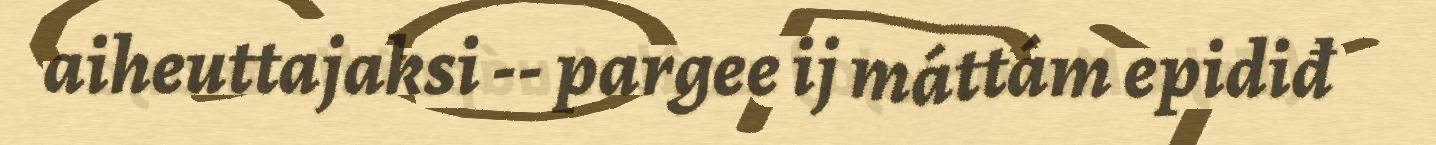
aiheuttajaksi -- pargee ij máttám epidiđ